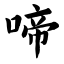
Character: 啼